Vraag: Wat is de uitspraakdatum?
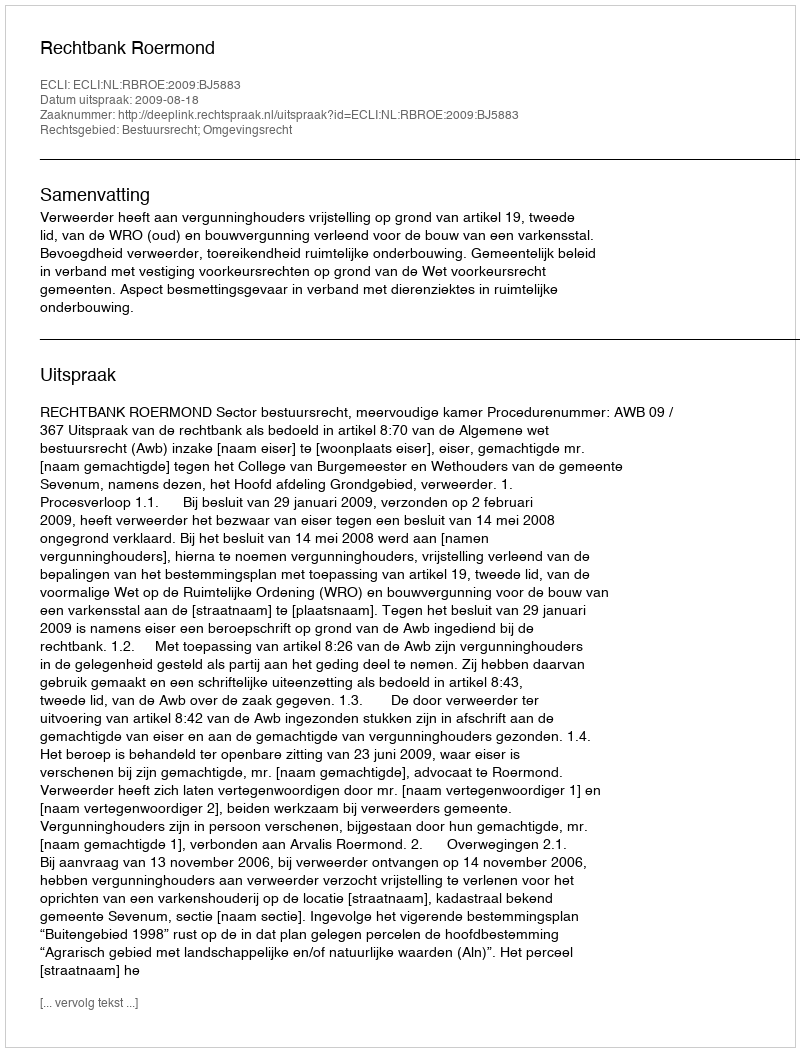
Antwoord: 2009-08-18